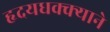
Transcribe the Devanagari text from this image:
हृदयधक्क्याने